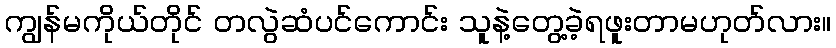
ကျွန်မကိုယ်တိုင် တလွဲဆံပင်ကောင်း သူနဲ့တွေ့ခဲ့ရဖူးတာမဟုတ်လား။